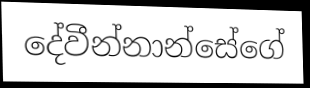
දේවීන්නාන්සේගේ